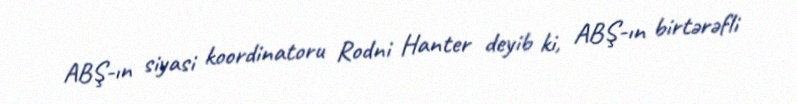
ABŞ-ın siyasi koordinatoru Rodni Hanter deyib ki, ABŞ-ın birtərəfli